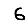
Digit: 6